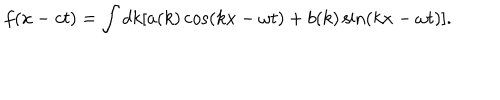
f ( x - c t ) = \int d k [ a ( k ) \cos ( k x - \omega t ) + b ( k ) \sin ( k x - \omega t ) ] .